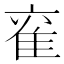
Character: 𮥹